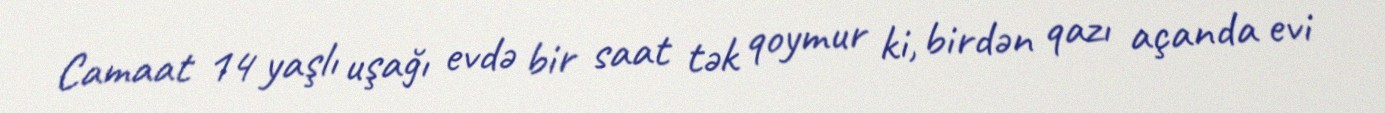
Camaat 14 yaşlı uşağı evdə bir saat tək qoymur ki, birdən qazı açanda evi